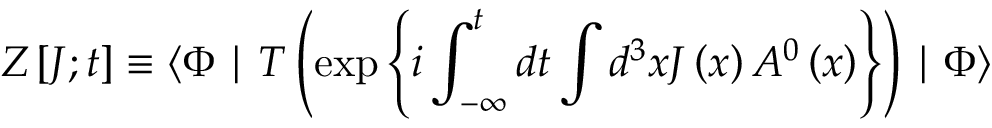
Z \left[ J ; t \right] \equiv \langle \Phi \mid T \left( \exp \left\{ i \int _ { - \infty } ^ { t } d t \int d ^ { 3 } x J \left( x \right) A ^ { 0 } \left( x \right) \right\} \right) \mid \Phi \rangle